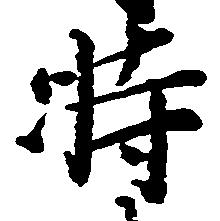
時